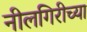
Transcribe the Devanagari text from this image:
नीलगिरीच्या